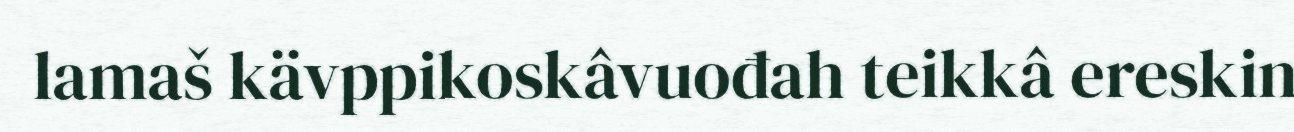
lamaš kävppikoskâvuođah teikkâ ereskin